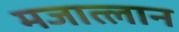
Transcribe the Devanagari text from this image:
मजात्लान